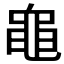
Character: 𪓑